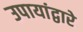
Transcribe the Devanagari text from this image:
उपायांद्वारे